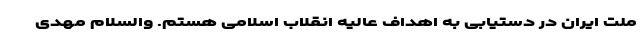
ملت ایران در دستیابی به اهداف عالیه انقلاب اسلامی هستم. والسلام مهدی